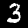
Digit: 3